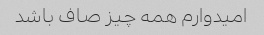
امیدوارم همه چیز صاف باشد